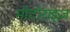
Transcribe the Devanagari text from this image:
मोटोराइज़